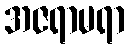
အဇရာမရာ